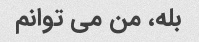
بله، من می توانم